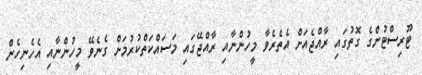
ޓޫރިސްޓުންގެ ގޮތުގައި ރާއްޖެއަށް އެތެރެވާ މީހުންނާއި ރާއްޖޭގައި މަސައްކަތްކުރުމަށް ގެނެވޭ މީހުންނާއި އެހެނިހެން